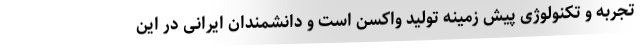
تجربه و تکنولوژی پیش زمینه تولید واکسن است و دانشمندان ایرانی در این